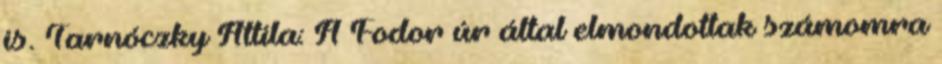
is. Tarnóczky Attila: A Fodor úr által elmondottak számomra